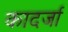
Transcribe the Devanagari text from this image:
कादर्जा